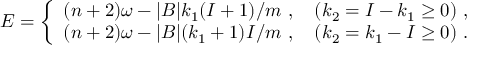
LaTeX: E = \left\{ \begin{array} { l } { { ( n + 2 ) \omega - | B | k _ { 1 } ( I + 1 ) / m \ , \quad ( k _ { 2 } = I - k _ { 1 } \geq 0 ) \ , } } \\ { { ( n + 2 ) \omega - | B | ( k _ { 1 } + 1 ) I / m \ , \quad ( k _ { 2 } = k _ { 1 } - I \geq 0 ) \ . } } \end{array} \right.